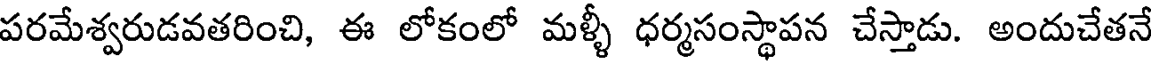
పరమేశ్వరుడవతరించి, ఈ లోకంలో మళ్ళీ ధర్మసంస్థాపన చేస్తాడు. అందుచేతనే